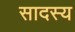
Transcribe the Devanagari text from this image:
सादस्य